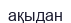
ақыдан